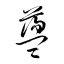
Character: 蘯